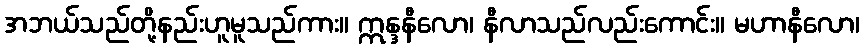
အဘယ်သည်တို့နည်းဟူမူသည်ကား။ ဣန္ဒနီလော၊ နီလာသည်လည်းကောင်း။ မဟာနီလော၊